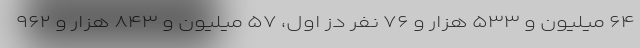
۶۴ میلیون و ۵۳۳ هزار و ۷۶ نفر دُز اول، ۵۷ میلیون و ۸۴۳ هزار و ۹۶۲